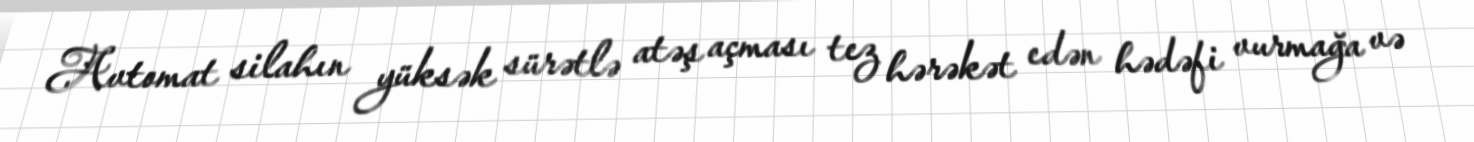
Avtomat silahın yüksək sürətlə atəş açması tez hərəkət edən hədəfi vurmağa və